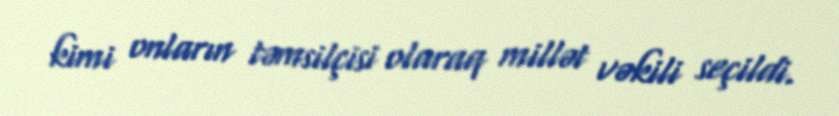
kimi onların təmsilçisi olaraq millət vəkili seçildi.